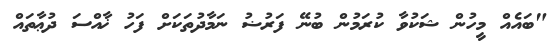
"ބައެއް މީހުން ޝަކުވާ ކުރަމުން ބުނޭ ފަރުޟު ނަމާދުތަކަށް ފަހު ޚާއްސަ ދުޢާތައް